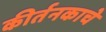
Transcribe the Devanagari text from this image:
कीर्तनकाचे